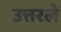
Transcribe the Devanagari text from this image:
उत्तरले